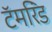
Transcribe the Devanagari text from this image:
टॅमरिंड